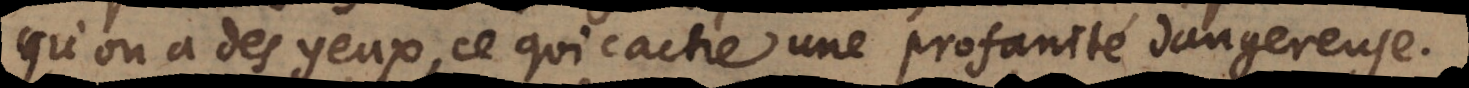
qui on a des yeux, ce qui cache une profanité dangereuse.